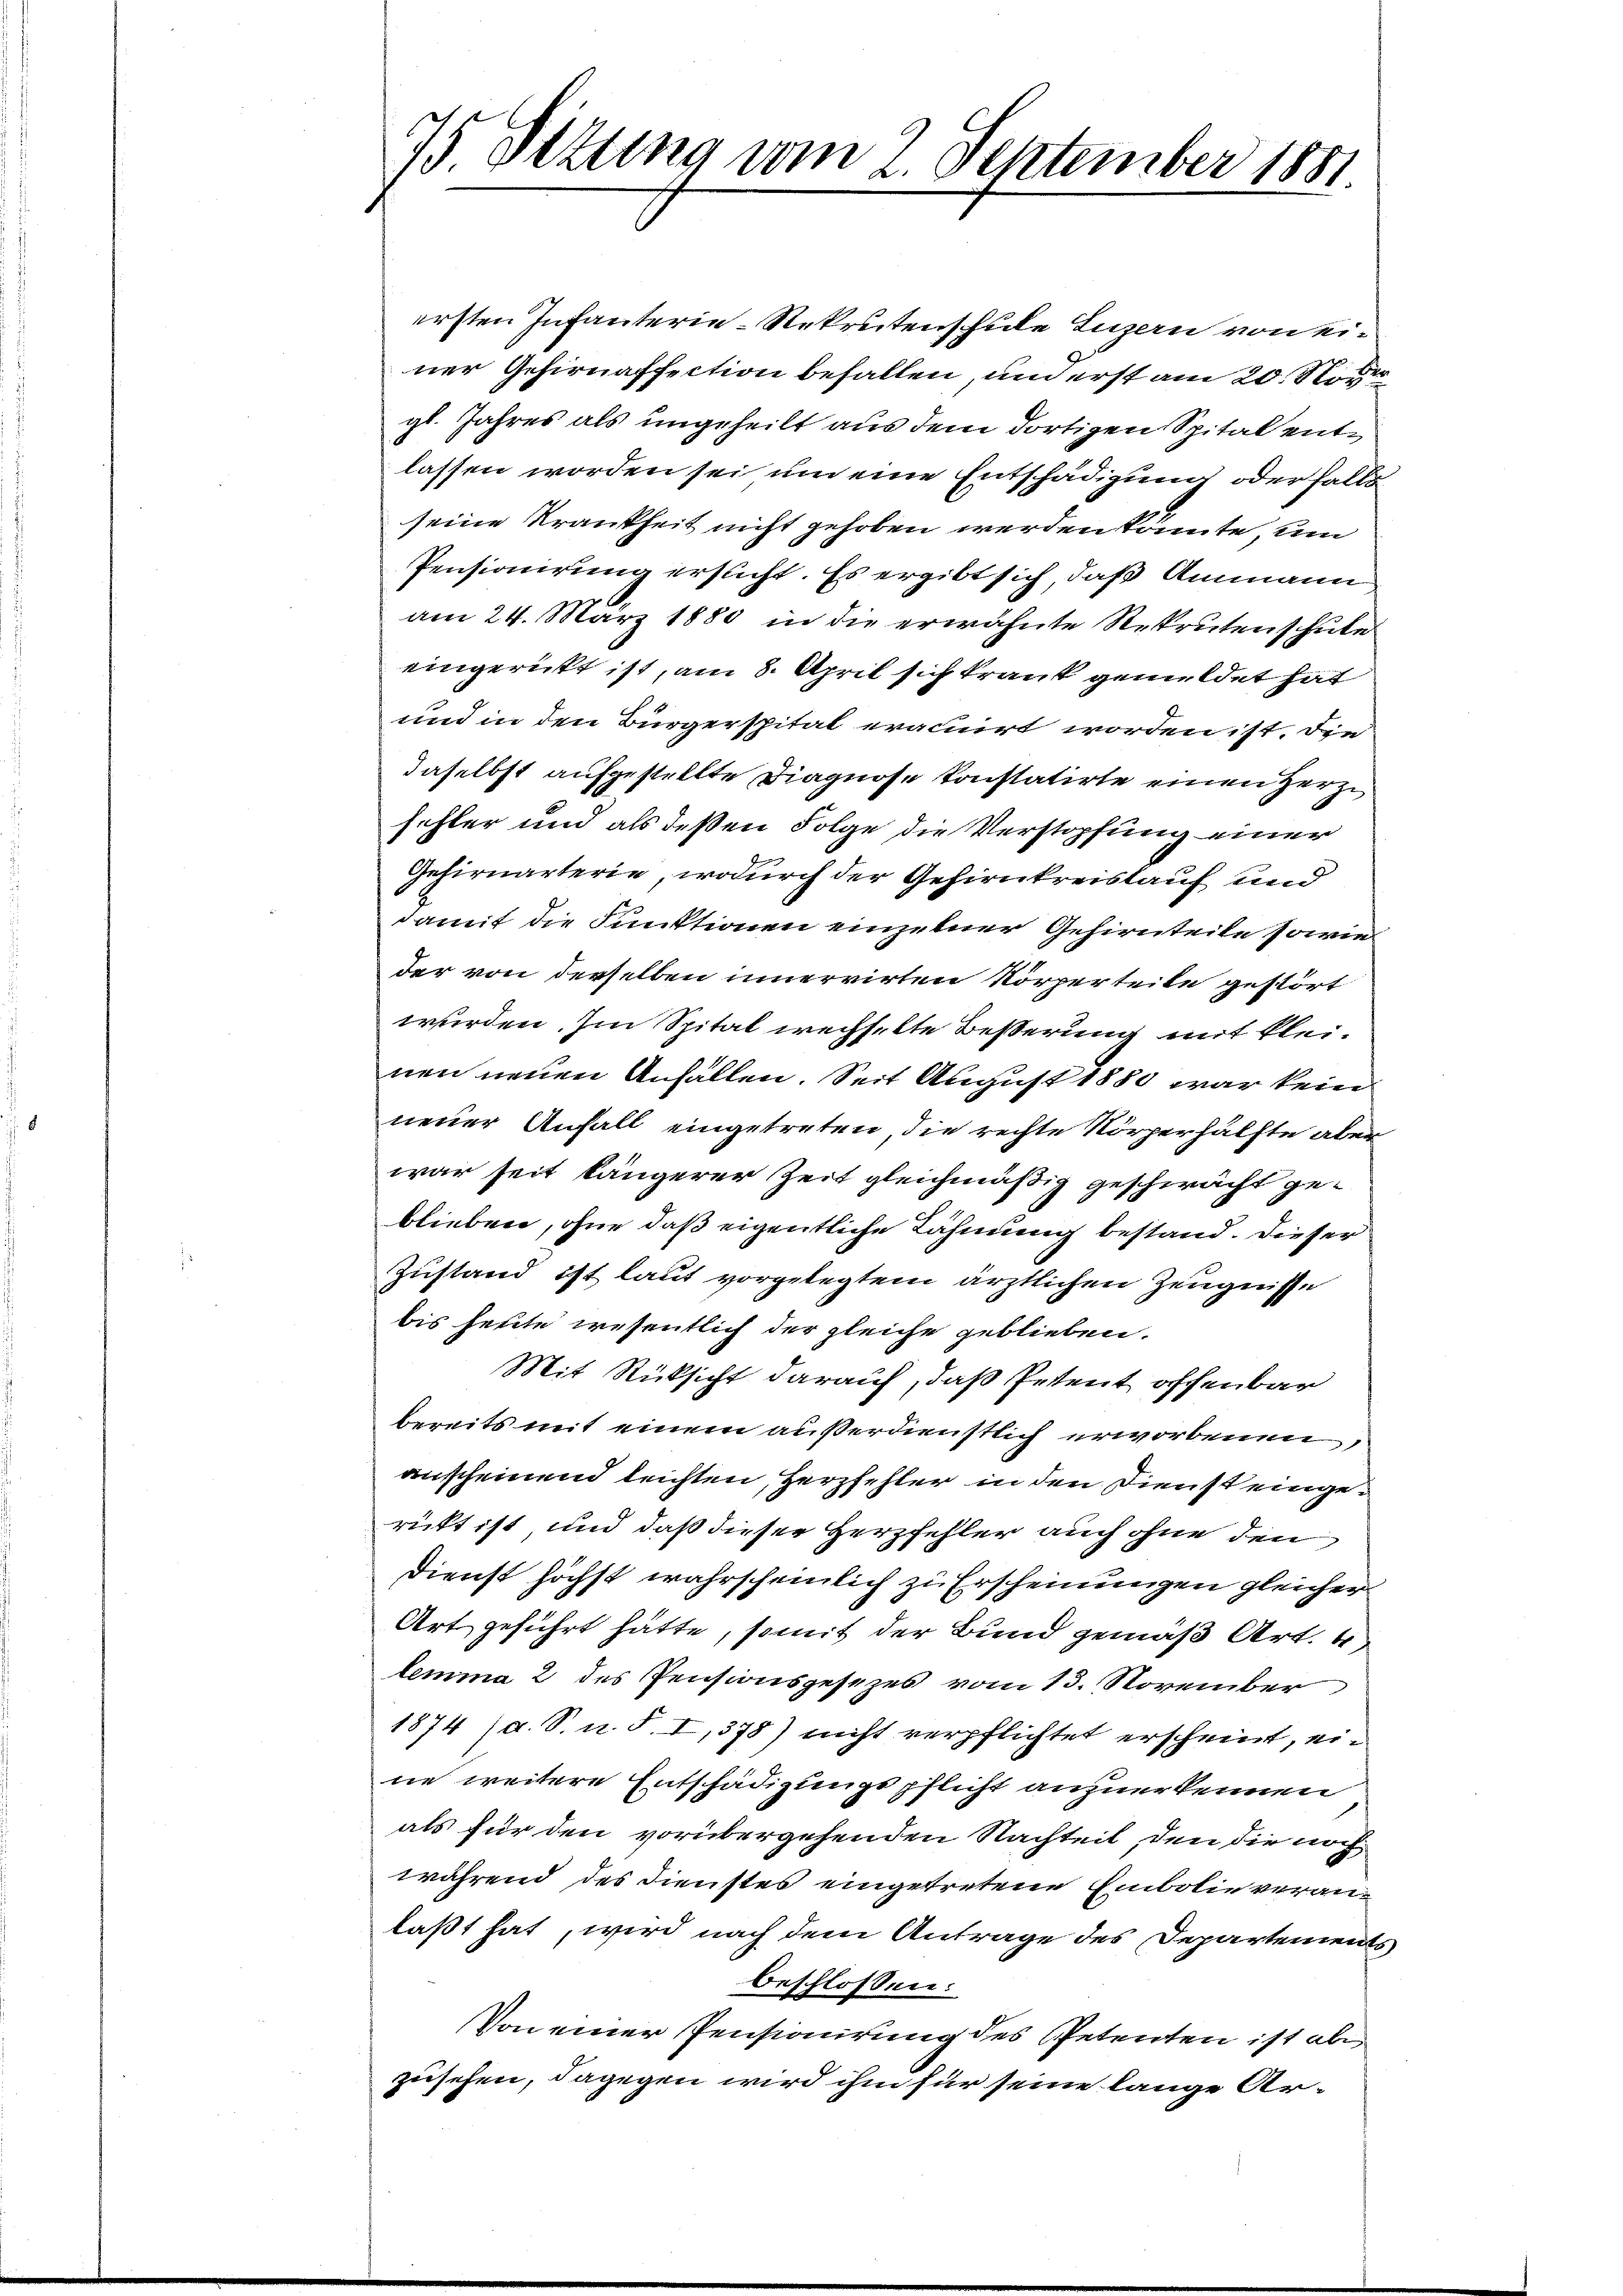
75. Ottung vom 2. September 1881

ersten Infanterie-Rekrutenschule Luzern von einer Gehirnaffection befallen und erst am 20. Si
gl. Jahres als ungeheilt aus dem dortigen Spital entlassen worden sei um eine Entschädigung oder falls
seine Krankheit nicht gehoben werden könnte, un
Pensionirung ersticht. Es ergibt sich daß Ammann
am 24. März 1880 in die erwähnte Rekruten schute
eingericht ist, am 8. April sich krank gemeldet hat
und in den Bürgerspital eracuirt worden ist. Die
daselbst aufgestellte Diagnose konstatirte einen Herze
schler und als deßen Folge die Verstopfung einer
Gehirnärterie, wodurch der Gehirnkreislauf und
damit die Funktionen einzelner Gehirnteile sowie
der von derselben innervirten Körperteile gestört
wurden. Im Spital wechselte Besserung mit kleinen neuen Anfällen. Seit August 1880 war kein
neuer Anfall eingetreten die rechte Körperhälfte aber
war seit längerer Zeit gleichmäßig geschwächt ge-
blieben, ohne daß eigentliche Lähmung bestand. Dieser
Zustand ist laut vorgelegtem ärztlichen Zeugnisse
bis heute wesentlich der gleiche geblieben.
Mit Rüksicht darauf, daß Petent offenbar
bereits mit einem außerdienstlich erworbenen,
anscheinend leichten, Herzfehler in den Dienst eingerückt ist, und daß dieser Herzfehler auch ohne den
Dienst höchst wahrscheinlich zu Erscheinungen gleicher
Art geführt hätte, somit der Bund gemäß Art. 4
lemma 2 des Pensionsgesezes vom 13. November
1874 (a. S. u. S. I,378) nicht verpflichtet erscheint, eine weitere Entschädigungspflicht anzuerkennen
als für den vorübergehenden Nachteil, den dir noch
während des Dienstes eingetretene Embolie veranlaßt hat, wird nach dem Antrage des Departements
beschlossen:
Von einer Pensionirung des Petenten ist abe
zusehen, dagegen wird ihm für seine lange Ar¬